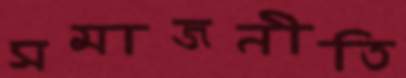
সমাজনীতি